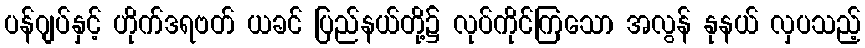
ပန်ဂျပ်နှင့် ဟိုက်ဒရဗတ် ယခင် ပြည်နယ်တို့၌ လုပ်ကိုင်ကြသော အလွန် နုနယ် လှပသည့်